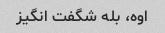
اوه، بله شگفت انگیز